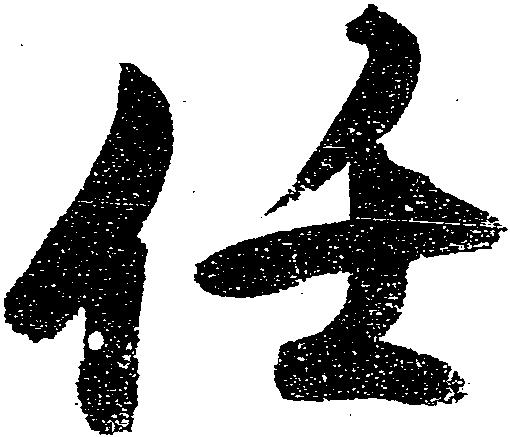
任